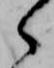
ゝ